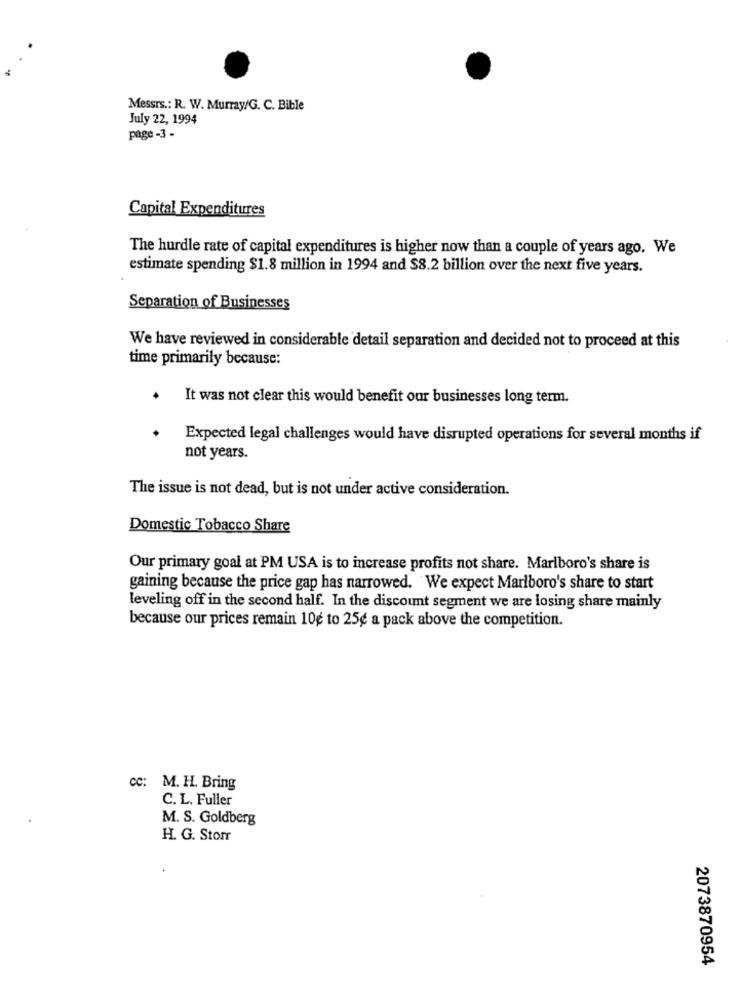
Messrs .: R. W. Murray/G. C. Bible
July 22, 1994
page -3 -
Capital Expenditures
The hurdle rate of capital expenditures is higher now than a couple of years ago. We
estimate spending $1.8 million in 1994 and $8.2 billion over the next five years.
Separation of Businesses
We have reviewed in considerable detail separation and decided not to proceed at this
time primarily because:
It was not clear this would benefit our businesses long term.
Expected legal challenges would have disrupted operations for several months if
not years.
The issue is not dead, but is not under active consideration.
Domestic Tobacco Share
Our primary goal at PM USA is to increase profits not share. Marlboro's share is
gaining because the price gap has narrowed. We expect Marlboro's share to start
leveling off in the second half. In the discount segment we are losing share mainly
because our prices remain 10¢ to 25g a pack above the competition.
cc: M. H. Bring
C. L. Fuller
M. S. Goldberg
H. G. Stor
2073870954